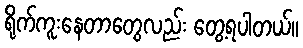
ရိုက်ကူးနေတာတွေလည်း တွေ့ရပါတယ်။